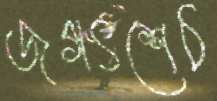
জগৎশেঠ